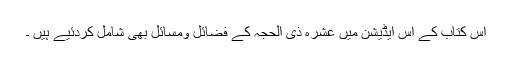
اس کتاب کے اس ایڈیشن میں عشرہ ذی الحجہ کے فضائل ومسائل بھی شامل کردئیے ہیں ۔